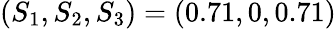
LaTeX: (S_{1},S_{2},S_{3})=(0.71,0,0.71)